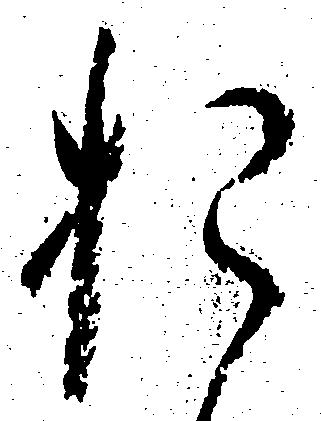
お